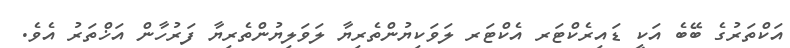
އަކްތަރުގެ ބޭބެ އަކީ ޑައިރެކްޓަރ އެކްޓަރ ލަވަކިޔުންތެރިޔާ ލަވަލިޔުންތެރިޔާ ފަރުހާން އަޚްތަރު އެވެ.